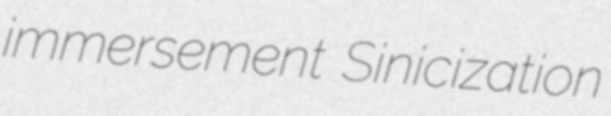
immersement Sinicization